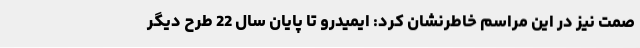
صمت نیز در این مراسم خاطرنشان کرد: ایمیدرو تا پایان سال 22 طرح دیگر